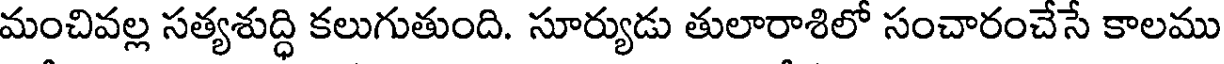
మంచివల్ల సత్యశుద్ధి కలుగుతుంది. సూర్యుడు తులారాశిలో సంచారంచేసే కాలము